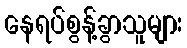
နေရပ်စွန့်ခွာသူများ